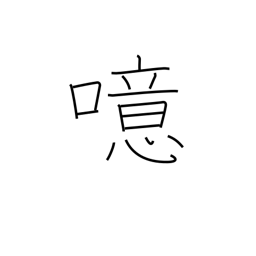
Meaning: burp